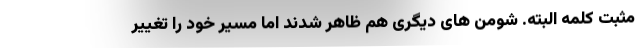
مثبت کلمه البته. شومن های دیگری هم ظاهر شدند اما مسیر خود را تغییر